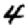
Digit: 4